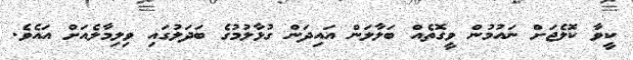
ކީވާ ކޮލެޖަށް ނައުމުން ވީގޮތެއް ބަލާލަން އައިދަން ގުޅާލުމުގެ ބަދަލުގައި ވިލިމާލެއަށް އައެވެ.